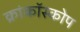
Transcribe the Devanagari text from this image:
क्रांकॉस्कोप